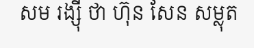
សម រង្ស៊ី ថា ហ៊ុន សែន សម្លុត